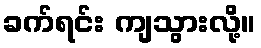
ခက်ရင်း ကျသွားလို့။